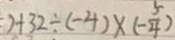
) + 3 2 \div ( - 4 ) \times ( - \frac { 5 } { 4 } )